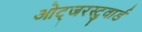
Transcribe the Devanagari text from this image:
ओट्जरस्टुवार्ड